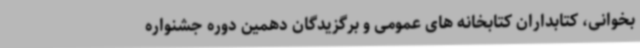
بخوانی، کتابداران کتابخانه های عمومی و برگزیدگان دهمین دوره جشنواره